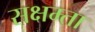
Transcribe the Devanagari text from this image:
सक्षम्ता